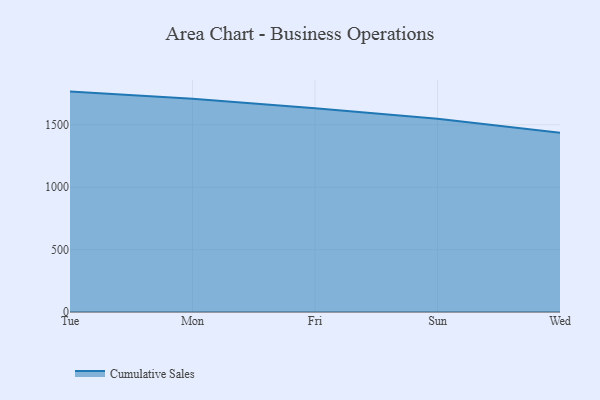
{"axis": {"x": "Day", "y": "Waste Production (Tons)"}, "legend": ["Cumulative Sales"], "data": [{"x": "Tue", "y": 1765.9, "type": "Cumulative Sales"}, {"x": "Mon", "y": 1709.2, "type": "Cumulative Sales"}, {"x": "Fri", "y": 1632.4, "type": "Cumulative Sales"}, {"x": "Sun", "y": 1548.2, "type": "Cumulative Sales"}, {"x": "Wed", "y": 1436.1, "type": "Cumulative Sales"}]}